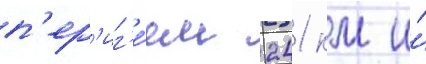
п'ер'иг'е́ем 241 км и́